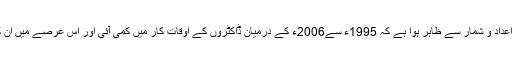
دوسری جانب امریکی مردم شماری کے اعداد و شمار سے ظاہر ہوا ہے کہ 1995ء سے2006ء کے درمیان ڈاکٹروں کے اوقات کار میں کمی آئی اور اس عرصے میں ان کی آمدنیوں میں 25 فیصد کمی واقع ہوئی۔